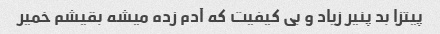
پیتزا بد پنیر زیاد و بی کیفیت که آدم زده میشه بقیشم خمیر